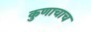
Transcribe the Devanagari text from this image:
कुणाचाच